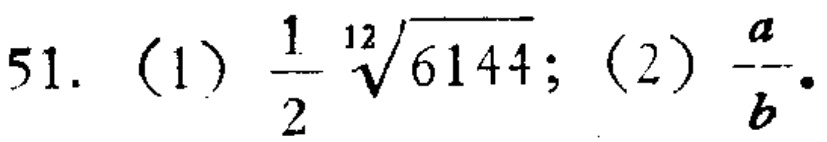
51. (1) $\frac{1}{2}\sqrt[12]{6144}$; (2) $\frac{a}{b}$.